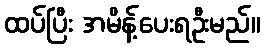
ထပ်ပြီး အမိန့်ပေးရဦးမည်။